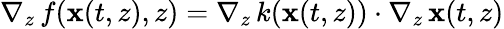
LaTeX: \nabla_{z}\, f(\mathbf{x}(t,z),z)=\nabla_{z}\, k(\mathbf{x}(t,z))\cdot\nabla_{z}\, \mathbf{x}(t,z)